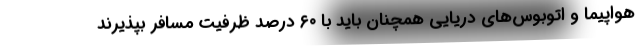
هواپیما و اتوبوس‌های دریایی همچنان باید با ۶۰ درصد ظرفیت مسافر بپذیرند